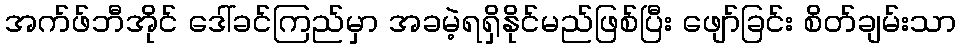
အက်ဖ်ဘီအိုင် ဒေါ်ခင်ကြည်မှာ အခမဲ့ရရှိနိုင်မည်ဖြစ်ပြီး ဖျော်ခြင်း စိတ်ချမ်းသာ